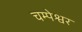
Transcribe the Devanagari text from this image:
चम्पेश्वर